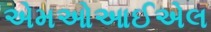
એમઓઆઈએલ